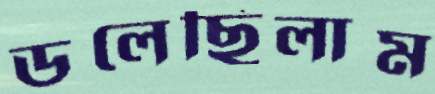
ডলেছিলাম